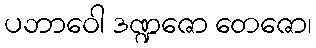
ပဘာဝေါ ဒဏ္ဍဇော တေဇော၊